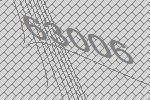
63006